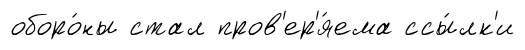
оборо́ны стал пров'ер'я́ема ссы́лк'и